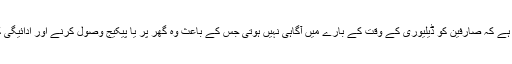
ناکام ترسیل کی عام وجہ یہ ہے کہ صارفین کو ڈیلیوری کے وقت کے بارے میں آگاہی نہیں ہوتی جس کے باعث وہ گھر پر یا پیکیج وصول کرنے اور ادائیگی کے لئے دستیاب نہیں ہوتے۔